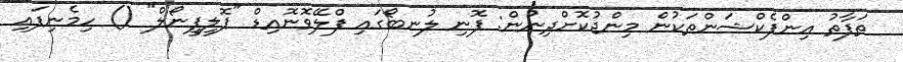
ތަފާތު އިންފެކްޝަންތަކުން މިންޖުކޮށްދިނުން: ފޮނި ލުނބޯގައި ފްލޭވޮނޮއިޑް "ޕޮލީފީނޯލް" () ހިމެނިފައި